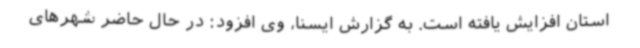
استان افزایش یافته است. به گزارش ایسنا، وی افزود: در حال حاضر شهرهای